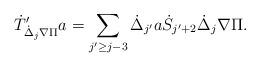
LaTeX: \begin{align*}\dot{T}'_{\dot{\Delta}_j\nabla\Pi}a=\sum_{j'\geq j-3}\dot{\Delta}_{j'}a\dot{S}_{j'+2}\dot{\Delta}_{j}\nabla\Pi.\end{align*}